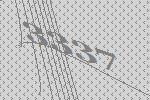
3337